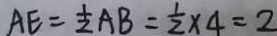
A E = \frac { 1 } { 2 } A B = \frac { 1 } { 2 } \times 4 = 2